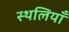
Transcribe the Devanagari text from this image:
स्थलियाँ